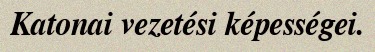
Katonai vezetési képességei.